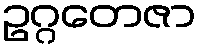
ဥဂ္ဂတေဇာ